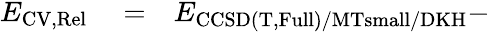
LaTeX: \begin{array}{rlr}{E_{\mathrm{CV,Rel}}}&{{}=}&{E_{\mathrm{CCSD(T,Full)/MTsmall/DKH}}-}\end{array}